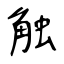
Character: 触